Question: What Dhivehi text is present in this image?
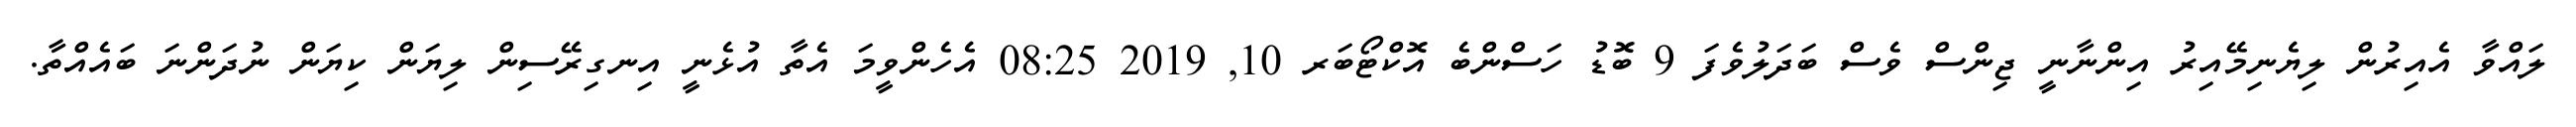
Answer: ލައްވާ އެއިރުން ލިޔެނިމޭއިރު އިންނާނީ ޖިންސް ވެސް ބަދަލުވެފަ 9 ބޮޑު ހަސްންބެ އޮކްޓޯބަރ 10, 2019 08:25 އެހެންވީމަ އެތާ އުޅެނީ އިނގިރޭސިން ލިޔަން ކިޔަން ނުދަންނަ ބައެއްތާ.